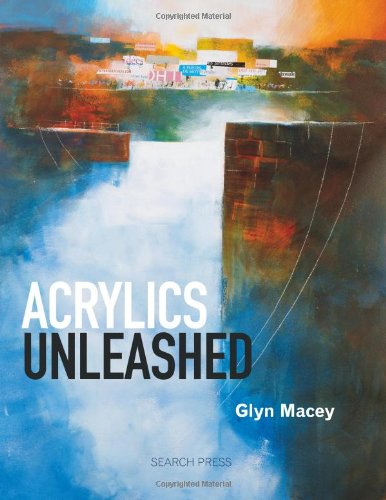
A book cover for Acrylics Unleashed; Glyn Macey; Arts & Photography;